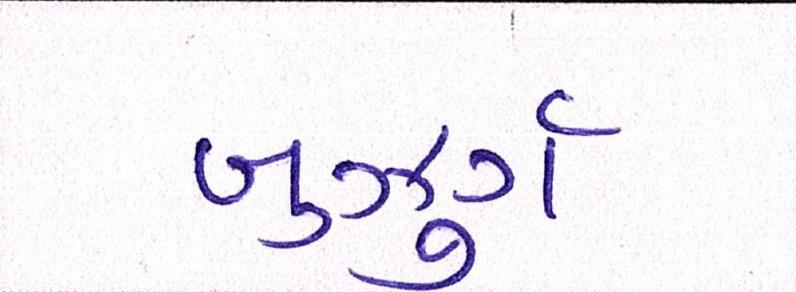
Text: બુઝુર્ગ